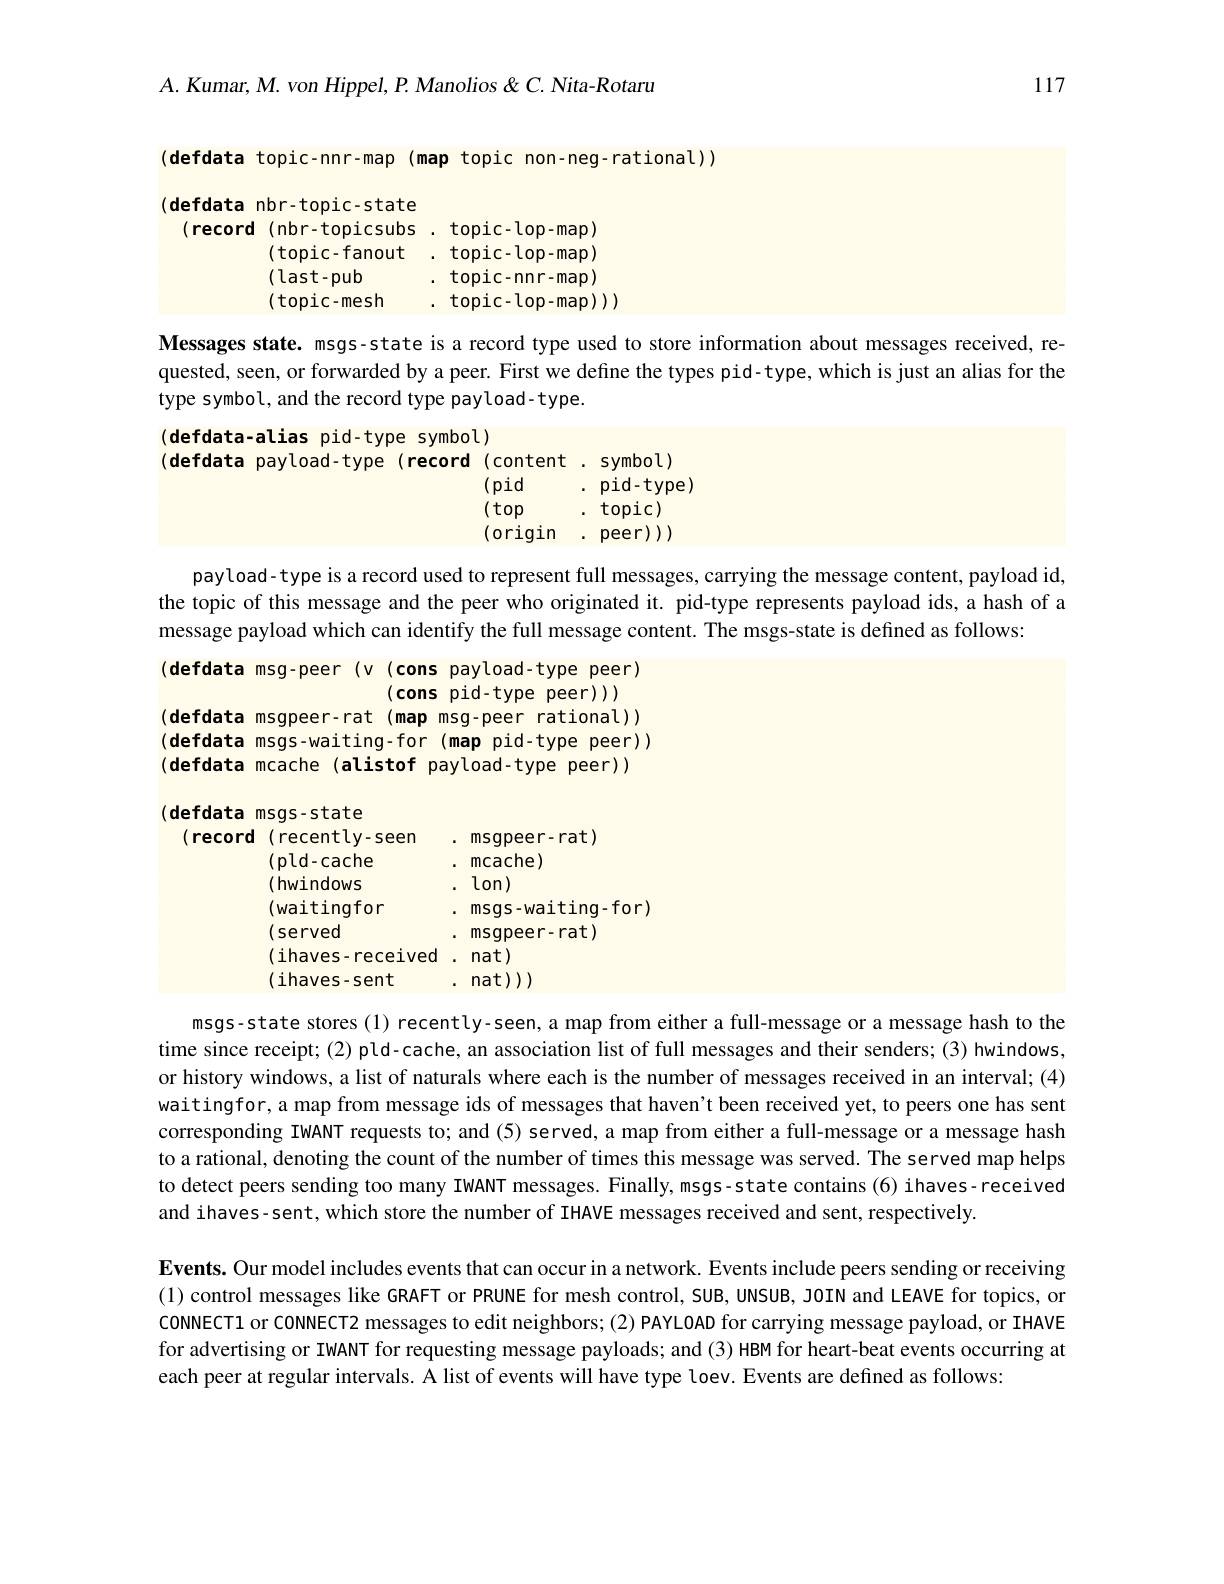
$A.$ Kumar, M. von Hippel, P. Manolios & C. Nita-Rotaru

117
$$($defdata topic-nnr-map(map topic non-neg-rational))$

(defdata nbr-topic-state
(record(nbr-topicsubs. topic- lop-map)
(topic-fanout. topic-lop-map)
$(\operatorname{last-pub}$
. topic-nnr-map)
(topic-mesh
. topic-lop-map))

Messages state. msgs-state is a record type used to store information about messages received, requested, seen, or forwarded by a peer. First we define the types pid-type, which is just an alias for the type symbol, and the record type payload-type.

(defdata-alias pid-type symbol)

(record

(defdata payload-type
$$\begin{aligned}&(content.symbol)\\&(pid.pid-type)\\&(top.topic)\\&(origin.peer)))\end{aligned}$$
payload-type is a record used to represent full messages, carrying the message content, payload id, the topic of this message and the peer who originated it. pid-type represents payload ids, a hash of a message payload which can identify the full message content. The msgs-state is defined as follows:

(defdata msg-peer(v(cons payload-type peer)
$$($cons pid-type peer))$
(defdata msgpeer-rat(map msg-peer rational)) $$($defdata msgs-waiting-for(mappid-type peer))$ (defdata mcache (alistof payload-type peer))
(defdata msgs-state
. msgpeer-rat)
(record(recently-seen
$(pld-cache$
. mcache)
( hwindows
. $lon)$
(waitingfor
. msgs-waiting-for)
$(served$
msgpeer-rat)
(ihaves-received.nat)
(ihaves-sent
. nat ))

msgs-state stores (1) recently-seen, a map from either a full-message or a message hash to the time since receipt; (2) pld-cache, an association list of full messages and their senders; (3) hwindows, or history windows, a list of naturals where each is the number of messages received in an interval; (4) waitingfor, a map from message ids of messages that haven't been received yet, to peers one has sent corresponding IwANT requests to; and (5) served, a map from either a full-message or a message hash to a rational, denoting the count of the number of times this message was served. The served map helps to detect peers sending too many IwANT messages. Finally, msgs-state contains (6) ihaves- received and ihaves-sent, which store the number of IHAVE messages received and sent, respectively.
Events. Our model includes events that can occur in a network. Events include peers sending or receiving (1) control messages like GRAFT or PRUNE for mesh control, SUB, UNSUB, JOIN and LEAVE for topics, or CONNECT1 or CONNECT2 messages to edit neighbors; (2) PAYLOAD for carrying message payload, or IHAVE for advertising or IwANT for requesting message payloads; and (3) HBM for heart-beat events occurring at each peer at regular intervals. A list of events will have type loev. Events are defined as follows: